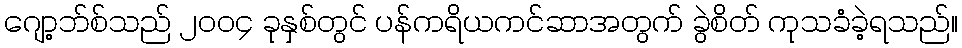
ဂျော့ဘ်စ်သည် ၂၀၀၄ ခုနှစ်တွင် ပန်ကရိယကင်ဆာအတွက် ခွဲစိတ် ကုသခံခဲ့ရသည်။